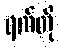
ရက်တို